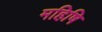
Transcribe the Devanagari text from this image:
महिषि